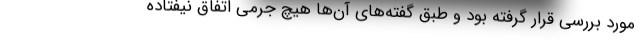
مورد بررسی قرار گرفته بود و طبق گفته‌های آن‌ها هیچ جرمی اتفاق نیفتاده